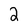
Character: 2